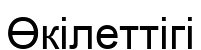
Өкілеттігі